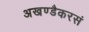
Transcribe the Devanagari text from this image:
अखण्डैकरसं